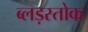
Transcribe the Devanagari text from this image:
ब्लड़स्तोक